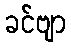
ခင်ဗျာ